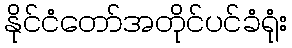
နိုင်ငံတော်အတိုင်ပင်ခံရုံး